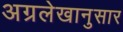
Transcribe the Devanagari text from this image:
अग्रलेखानुसार